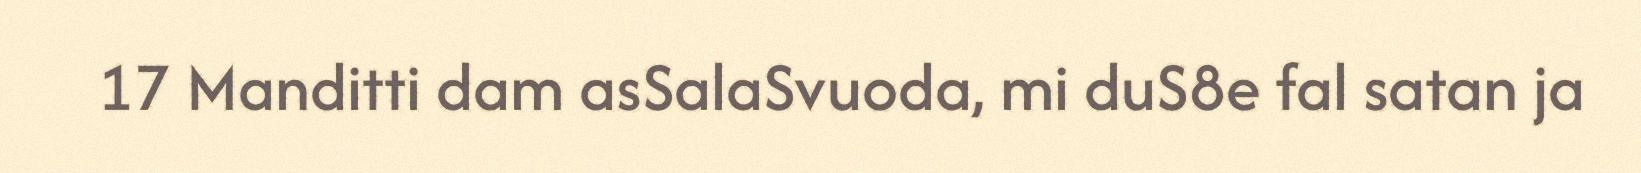
17 Manditti dam asSalaSvuoda, mi duS8e fal satan ja